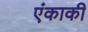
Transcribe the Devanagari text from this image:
एंकाकी